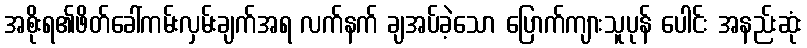
အစိုးရ၏ဖိတ်ခေါ်ကမ်းလှမ်းချက်အရ လက်နက် ချအပ်ခဲ့သော ပြောက်ကျားသူပုန် ပေါင်း အနည်းဆုံး